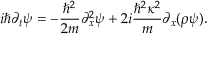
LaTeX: i \hbar \partial _ { t } \psi = - { \frac { \hbar ^ { 2 } } { 2 m } } \partial _ { x } ^ { 2 } \psi + 2 i { \frac { \hbar ^ { 2 } \kappa ^ { 2 } } { m } } \partial _ { x } ( \rho \psi ) .